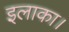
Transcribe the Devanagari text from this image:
इलाका।